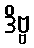
ဒိဗ္ဗ